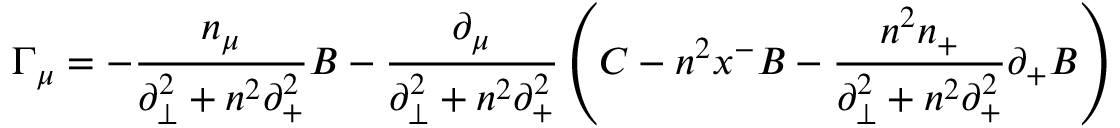
{ \Gamma } _ { \mu } = - \frac { n _ { \mu } } { { \partial } _ { \bot } ^ { 2 } + n ^ { 2 } { \partial } _ { + } ^ { 2 } } B - \frac { { \partial } _ { \mu } } { { \partial } _ { \bot } ^ { 2 } + n ^ { 2 } { \partial } _ { + } ^ { 2 } } \left( C - n ^ { 2 } x ^ { - } B - \frac { n ^ { 2 } n _ { + } } { { \partial } _ { \bot } ^ { 2 } + n ^ { 2 } { \partial } _ { + } ^ { 2 } } { \partial } _ { + } B \right)